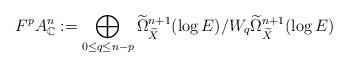
LaTeX: \begin{align*}F^pA^n_{\mathbb{C}}:=\bigoplus_{0 \le q \le n-p}\widetilde{\Omega}_{\widetilde{X}}^{n+1}(\log E)/W_q\widetilde{\Omega}_{\widetilde{X}}^{n+1}(\log E)\end{align*}